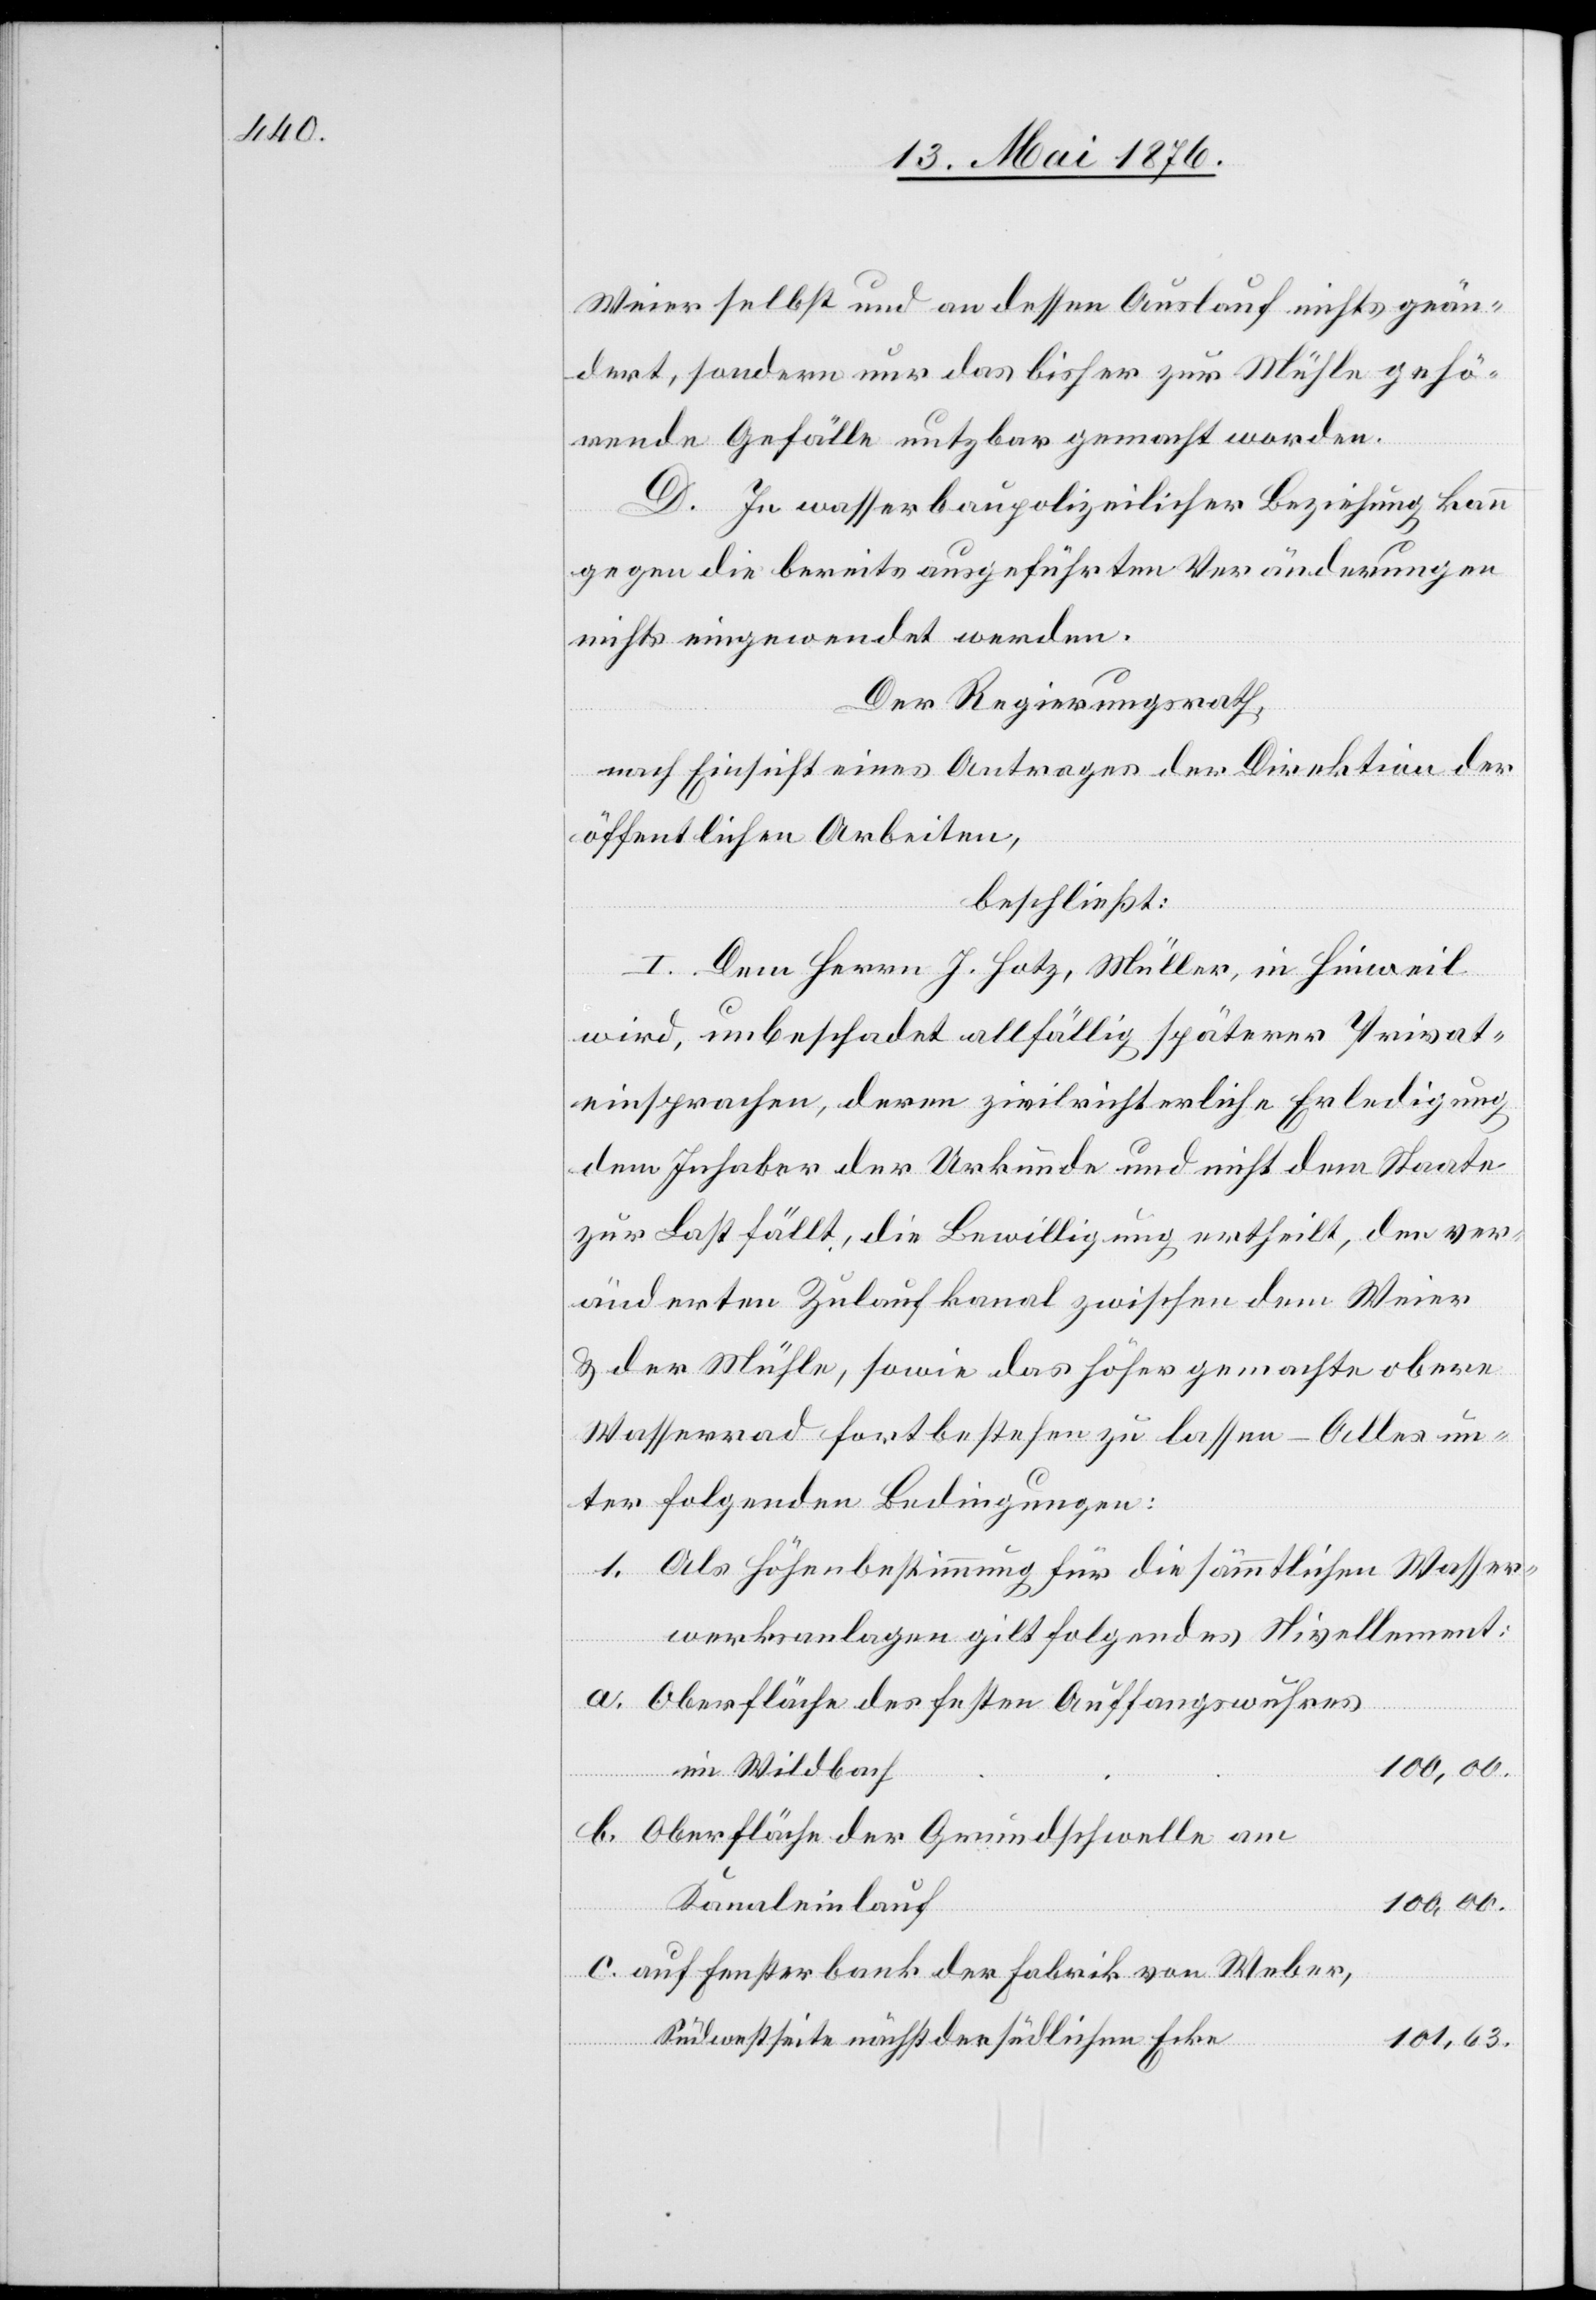
Weier selbst und an dessen Auslauf nicht geän¬
dert, sondern nur das bisher zur Mühle gehö¬
c.
rende Gefälle nutzbar gemacht worden.
D. In wasserbaupolizeilicher Beziehung kann
gegen die bereits ausgeführten Veränderungen
nichts eingewendet werden.
Der Regierungsrath,
nach Einsicht eines Antrages der Direktion der
öffentlichen Arbeiten,
beschließt:
I. Dem Herrn J. Hotz, Müller, in Hinweil
wird, unbeschadet allfällig späterer Privat¬
einsprachen, deren zivilrichterliche Erledigung
dem Inhaber der Urkunde und nicht dem Staate
zur Last fällt, die Bewilligung ertheilt, den ver¬
änderten Zulaufkanal zwischen dem Weier
& der Mühle, sowie das höher gemachte obere
Wasserrad fortbestehen zu lassen – Alles un¬
ter folgenden Bedingungen:
1. Als Höhenbestimmung für die sämmtlichen Wasser¬
werksanlagen gilt folgendes Nivellement:
Oberfläche des festen Auffangswuhres
im Wildbach
100,00.
Oberfläche der Grundschwelle am
Kanaleinlauf
auf Fensterbank der Fabrik von Weber,
Südwestseite nächst der südlichen Ecke
101,63.